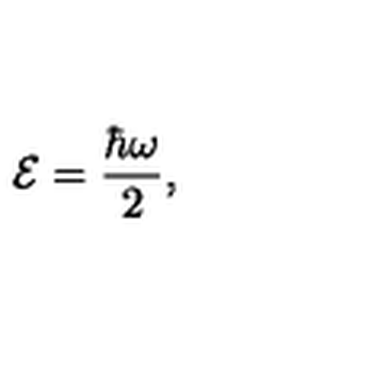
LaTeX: { \cal E } = { \frac { \hbar \omega } { 2 } } ,